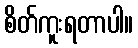
စိတ်ကူးရတာပါ။